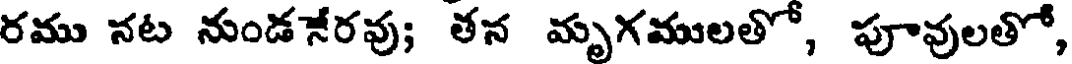
రము నట నుండనేరవు; తన మృగములతో, పూవులతో,